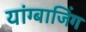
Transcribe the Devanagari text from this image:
यांग्बाजिंग